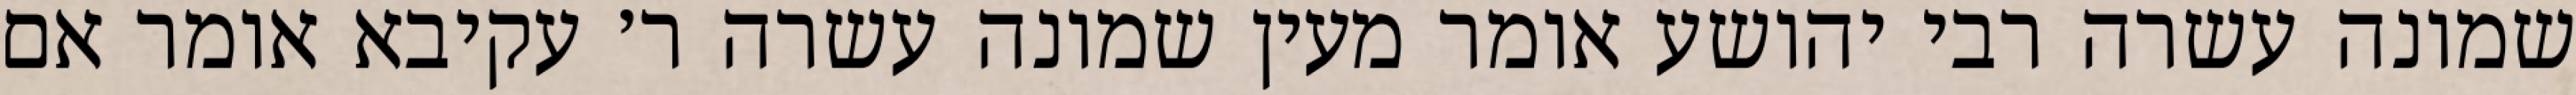
שמונה עשרה רבי יהושע אומר מעין שמונה עשרה ר׳ עקיבא אומר אם